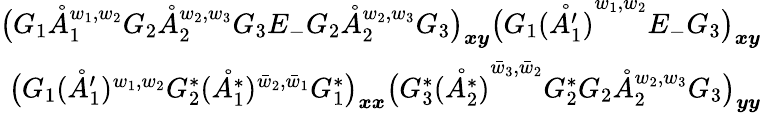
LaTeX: \begin{array}{r}{\big(G_{1}\mathring{A}_{1}^{w_{1},w_{2}}G_{2}\mathring{A}_{2}^{w_{2},w_{3}}G_{3}E_{-}G_{2}\mathring{A}_{2}^{w_{2},w_{3}}G_{3}\big)_{\boldsymbol{x}\boldsymbol{y}}\big(G_{1}\mathring{(A_{1}^{\prime})}^{w_{1},w_{2}}E_{-}G_{3}\big)_{\boldsymbol{x}\boldsymbol{y}}}\\ {\big(G_{1}(\mathring{A}_{1}^{\prime})^{w_{1},w_{2}}G_{2}^{*}(\mathring{A_{1}^{*}})^{{\bar{w}_{2},\bar{w}_{1}}}G_{1}^{*}\big)_{\boldsymbol{x}\boldsymbol{x}}\big(G_{3}^{*}\mathring{(A_{2}^{*})}^{{\bar{w}_{3},\bar{w}_{2}}}G_{2}^{*}G_{2}\mathring{A}_{2}^{w_{2},w_{3}}G_{3}\big)_{\boldsymbol{y}\boldsymbol{y}}}\end{array}